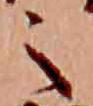
之